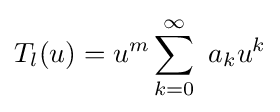
T_{l}(u)=u^{m}\sum _{k=0}^{\infty }\ a_{k}u^{k}